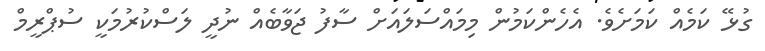
ގުޅޭ ކަމެއް ކަމަށެވެ. އެހެންކަމުން މިމައްސަލައަށް ސާފު ޖަވާބެއް ނުދީ ލަސްކުރުމަކީ ސުޕްރީމް